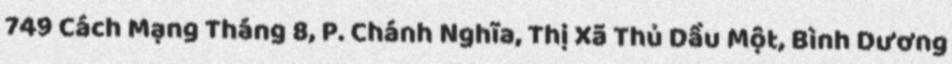
749 Cách Mạng Tháng 8, P. Chánh Nghĩa, Thị Xã Thủ Dầu Một, Bình Dương